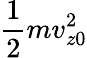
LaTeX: \frac{1}{2}mv_{z0}^{2}